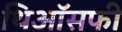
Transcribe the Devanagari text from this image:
थिऑसफी